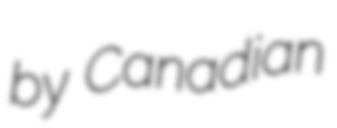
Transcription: by Canadian